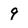
Character: 9